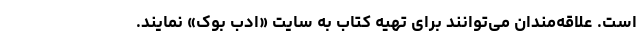
است. علاقه‌مندان می‌توانند برای تهیه کتاب به سایت «ادب بوک» نمایند.